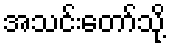
အသင်းတော်သို့